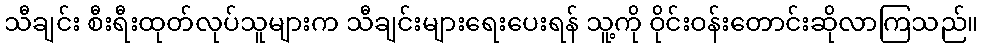
သီချင်း စီးရီးထုတ်လုပ်သူများက သီချင်းများရေးပေးရန် သူ့ကို ဝိုင်းဝန်းတောင်းဆိုလာကြသည်။